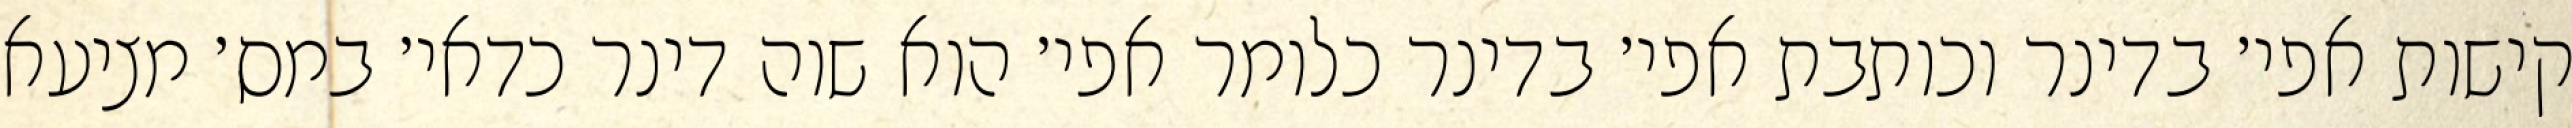
קישות אפי׳ בדינר וכותבת אפי׳ בדינר כלומר אפי׳ הוא שוה דינר כדאי׳ במס׳ מציעא